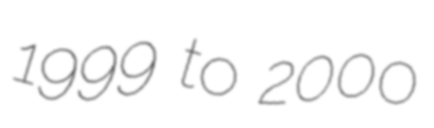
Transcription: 1999 to 2000